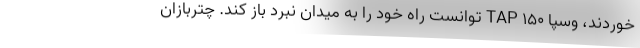
خوردند، وسپا 150 TAP توانست راه خود را به میدان نبرد باز کند. چتربازان